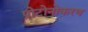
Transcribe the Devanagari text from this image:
प्रोटोनोकरण